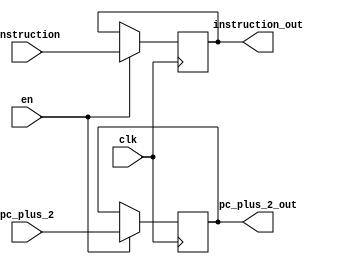
`timescale 1ns / 1ps
//////////////////////////////////////////////////////////////////////////////////
// Company: 
// Engineer: 
// 
// Design Name: 
// Module Name:    IFIDreg 
// Project Name: 
// Target Devices: 
// Tool versions: 
// Description: 
//
// Dependencies: 
//
// Revision: 
// Revision 0.01 - File Created
// Additional Comments: 
//
//////////////////////////////////////////////////////////////////////////////////
module IFIDreg(input clk,input en, input [15:0] instruction, input [15:0] pc_plus_2,
									output reg [15:0] instruction_out, output reg [15:0] pc_plus_2_out);

initial begin instruction_out = 0; end
always@(negedge clk)
begin
	if(en)
	begin
	instruction_out <= instruction;
	pc_plus_2_out <= pc_plus_2;
	end
end
endmodule